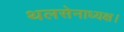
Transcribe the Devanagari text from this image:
थलसेनाध्यक्ष।